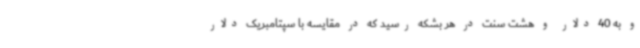
و به 40 دلار و هشت سنت در هر بشکه رسید که در مقایسه با سپتامبریک دلار